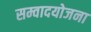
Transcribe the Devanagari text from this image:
सम्वादयोजना